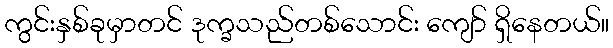
ကွင်းနှစ်ခုမှာတင် ဒုက္ခသည်တစ်သောင်း ကျော် ရှိနေတယ်။